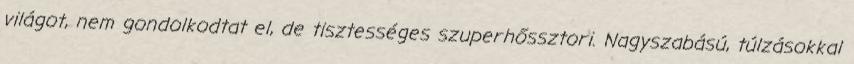
világot, nem gondolkodtat el, de tisztességes szuperhőssztori. Nagyszabású, túlzásokkal